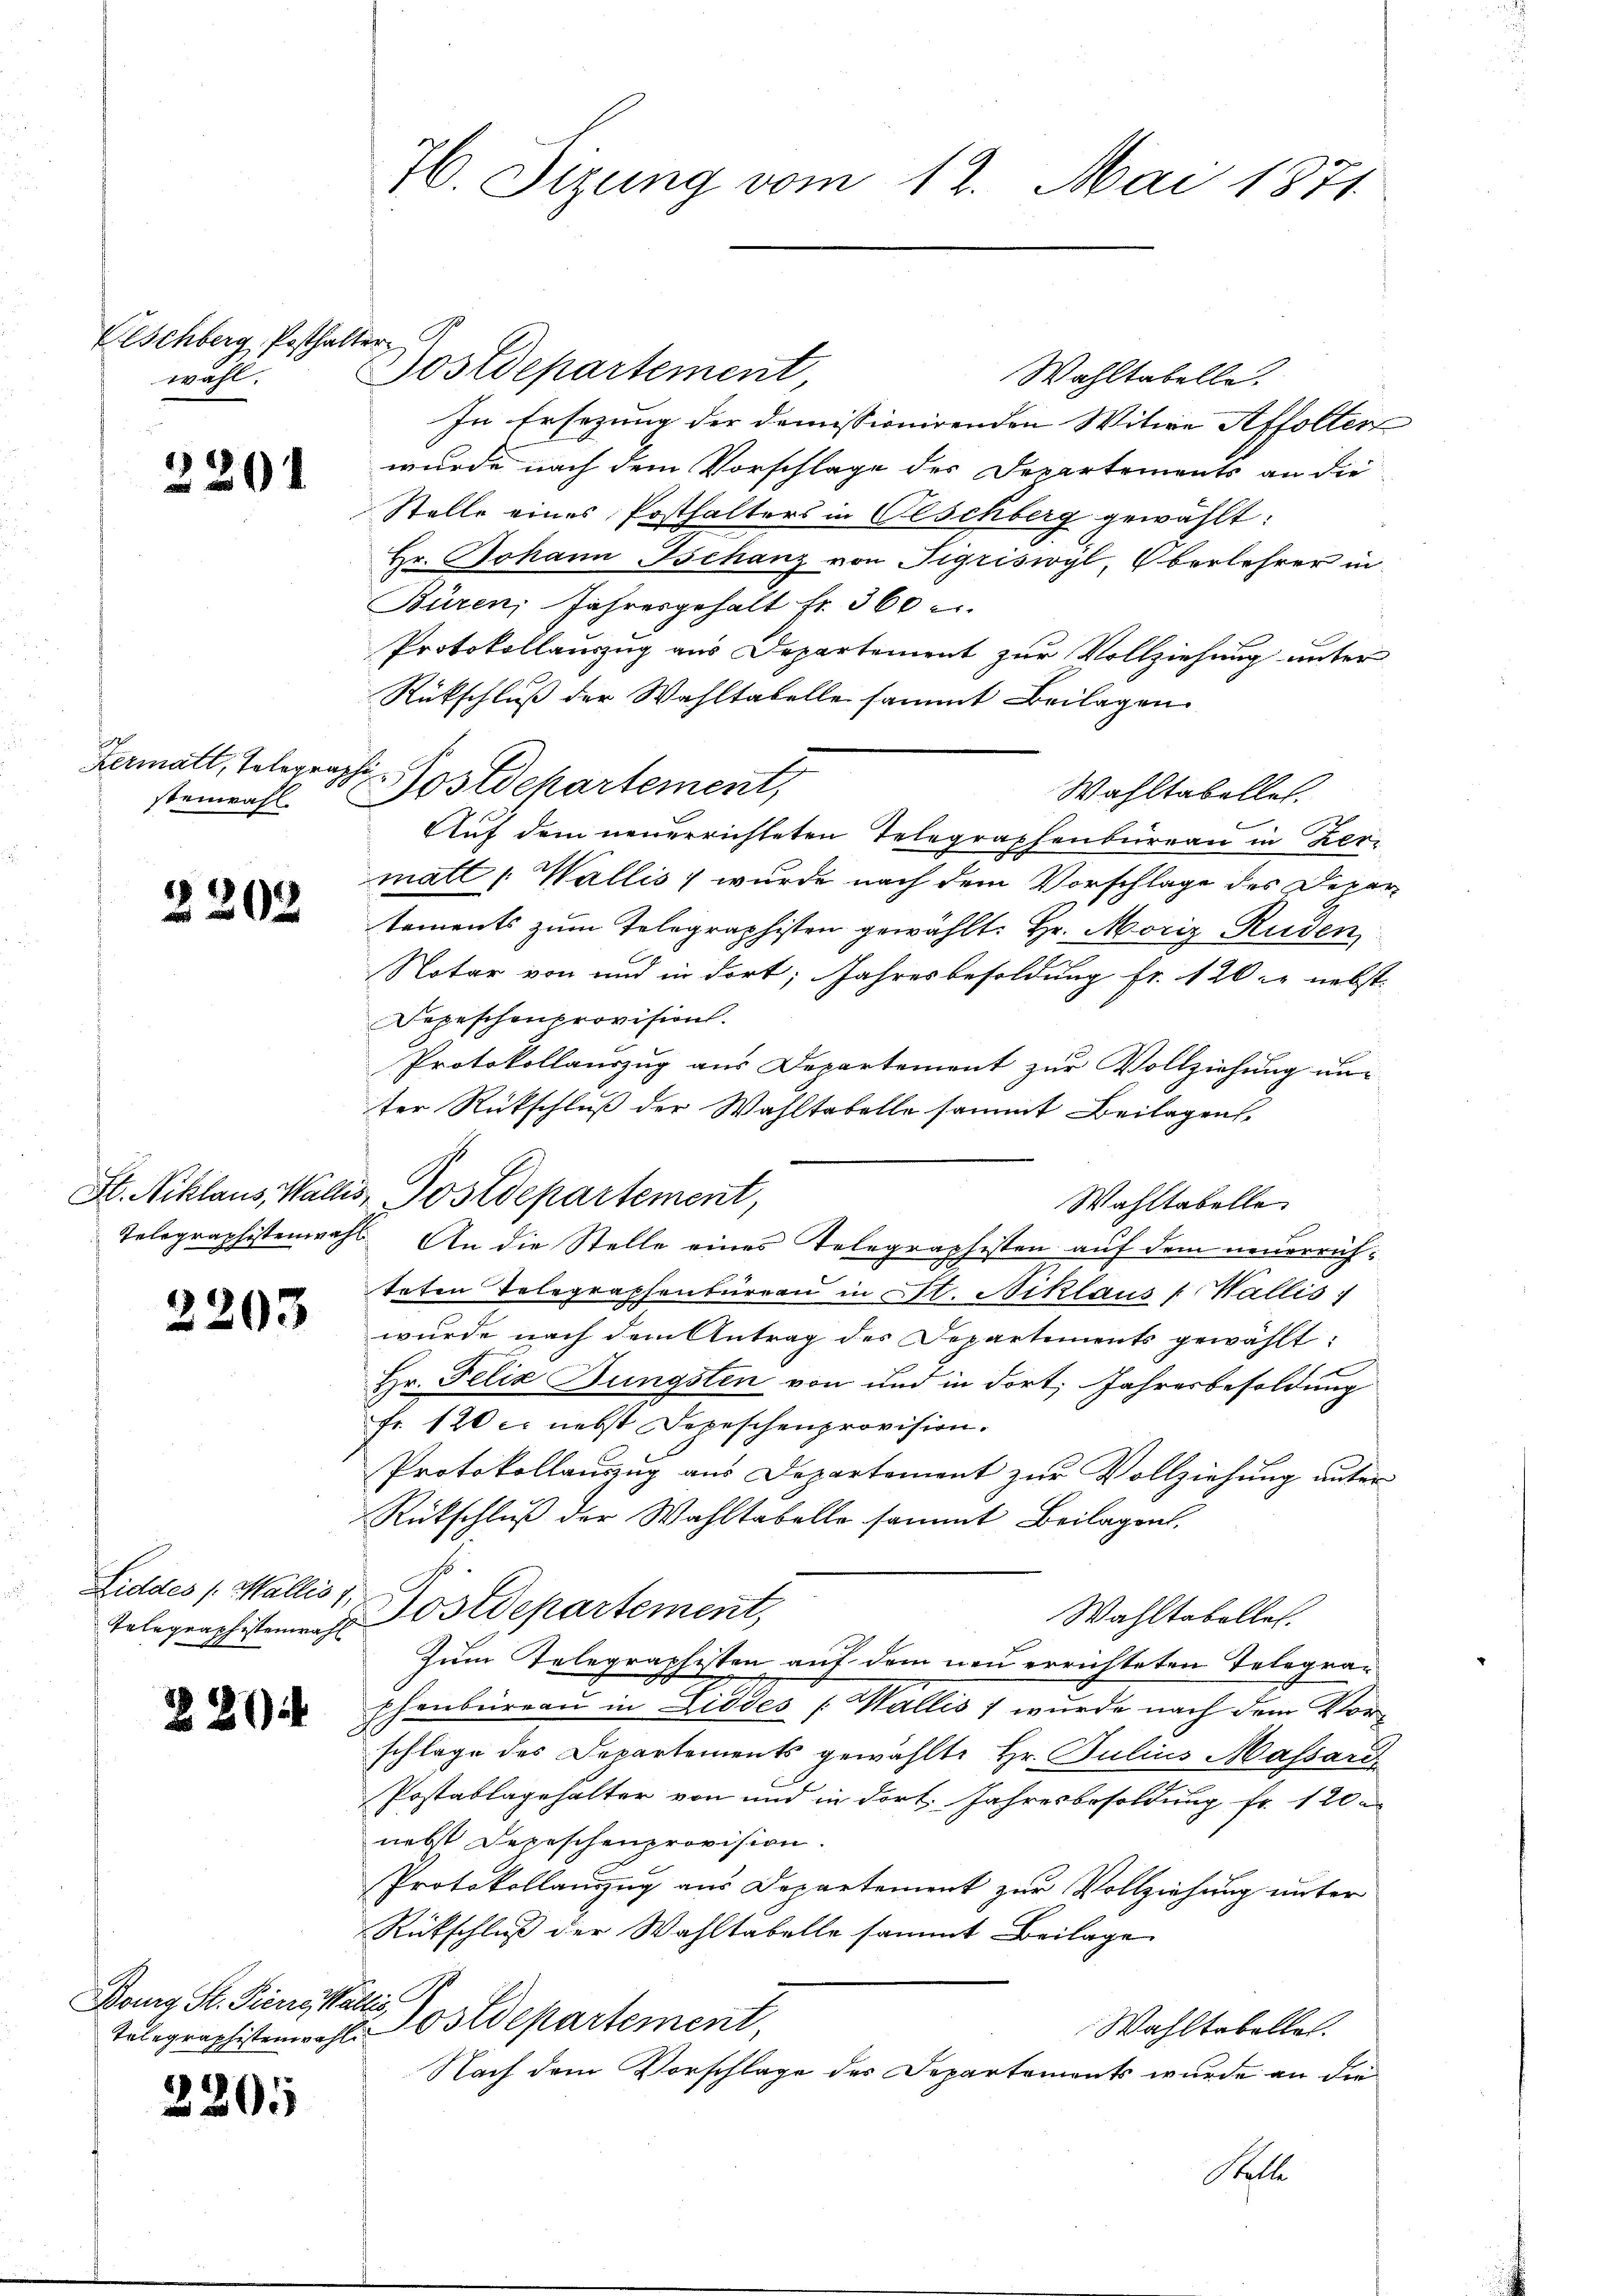
Eschberg, Postha.
wahl.

3201

Hermall, Telegrasteinwahl.

2202

2203

Liddes /: Wallis 1,

3

20

Bourg St. Pierrei Wallis,

2205

H6. Sizung vom 12. Mai 1871

Postdepartement
Wahltabelle.
In Ersezung der domissionirenden Witwe Affolten
wurde nach dem Vorschlage des Departements an die
Stelle eines Posthalters in Olschberg gewählt:
Hr. Johann Ischanz von Sigriswyl, Oberlehrer in
Büren, Jahresgehalt fr. 360
Protokollauszug aus Departement zur Vollziehung unter
Rückschluß der Wahltabelle sammt Beilagen
Schr
Postdepartement,
Wahltabellet.
Auf dem neuerrichteten Telegraphenbureau in Kermall, Wallis) wurde nach dem Vorschlage des Departements zum Telegraphisten gewählt: Hr. Moriz Ruden
Notar von und in dort; Jahresbesoldung fr. 120 r nebst
Depeschenprovision.
Protokollauszug aus Departement zur Vollziehung unter Rückschluß der Wahltabelle sammt Beilagen,
Wahltabelle
teten Telegraphenbüreau in Cl. Niklaus [Wallis
wurde nach dem Antrag des Departements gewählt:
Hr. Felix Jüngsten von und in dort, Jahresbesoldung
fr. 120 c. nebst Depeschenprovision.
Protokollauszug aus Departement zur Vollziehung unter
Rückschluß der Wahltabelle sammt Beilagen.
Wahltabellen.
Telegraphistern Postdepartement,
Zum Telegraphisten auf dem neu errichteten Telegraphenbureau in Liddes Wallis 1 wurde nach dem Vorschlage des Departements gewählte Hr. Julius Massarii
Postablagehalter von und in dort. Jahresbesoldung fr. 120
nebst Depeschenprovision.
Protokollanzug aus Departement zur Vollziehung unter
Rütschluß der Wahltabelle sammt Beilage
Wahltabelle.
tolographistenwahl. Ostdepartement,
Nach dem Vorschlage der Departements wurde an die
Stelle

kirer G

St. Niklaus, Wallis, Postdepartement,

Telegraphistenwahl. An die Stelle eines Telegraphisten auf dem neuerrüh¬